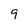
Character: 9